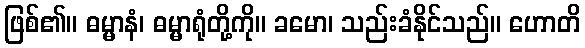
ဖြစ်၏။ ဓမ္မာနံ၊ ဓမ္မာရုံတို့ကို။ ခမော၊ သည်းခံနိုင်သည်။ ဟောတိ